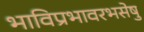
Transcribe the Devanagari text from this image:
भाविप्रभावरभसेषु